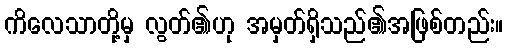
ကိလေသာတို့မှ လွတ်၏ဟု အမှတ်ရှိသည်၏အဖြစ်တည်း။